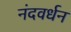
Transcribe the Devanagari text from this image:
नंदवर्धन